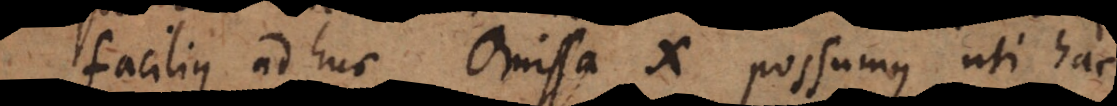
facilius adhuc omissa x possumus uti hac